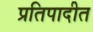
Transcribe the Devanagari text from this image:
प्रतिपादीत